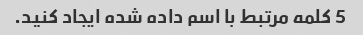
5 کلمه مرتبط با اسم داده شده ایجاد کنید.